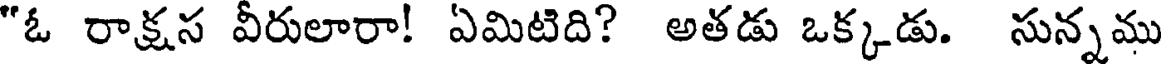
"ఓ రాక్షస వీరులారా! ఏమిటిది? అతడు ఒక్కడు. సున్నము